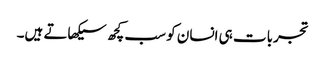
تجربات ہی انسان کو سب کچھ سیکھاتے ہیں۔